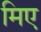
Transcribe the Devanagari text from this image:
मिए